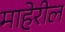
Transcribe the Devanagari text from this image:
माहेरील